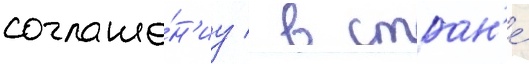
соглаше́н'иу / в стран'е́